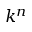
k ^ { n }